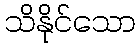
သိနိုင်သော